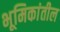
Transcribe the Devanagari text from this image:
भूमिकांतील